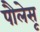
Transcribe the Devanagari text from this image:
पौलेसू